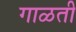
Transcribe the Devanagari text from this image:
गाळती